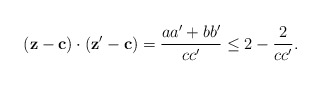
\begin{align*}(\mathbf z - \mathbf c)\cdot (\mathbf z' - \mathbf c)&= \frac{aa' + bb'}{cc'} \le 2 - \frac{2}{cc'}.\end{align*}